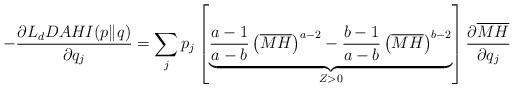
LaTeX: \begin{align*}-\frac{\partial L_{d}DAHI(p\|q)}{\partial q_{j}}=\sum_{j}p_{j}\left[\underbrace{\frac{a-1}{a-b}\left(\overline{MH}\right)^{a-2}-\frac{b-1}{a-b}\left(\overline{MH}\right)^{b-2}}_{Z>0}\right]\frac{\partial \overline{MH}}{\partial q_{j}}\end{align*}